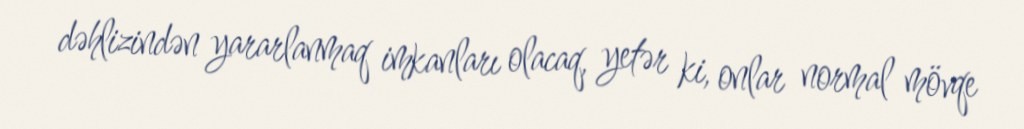
dəhlizindən yararlanmaq imkanları olacaq, yetər ki, onlar normal mövqe